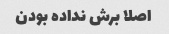
اصلا برش نداده بودن